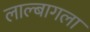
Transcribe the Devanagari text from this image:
लाल्बागला